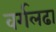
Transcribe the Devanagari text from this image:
वर्गलढा